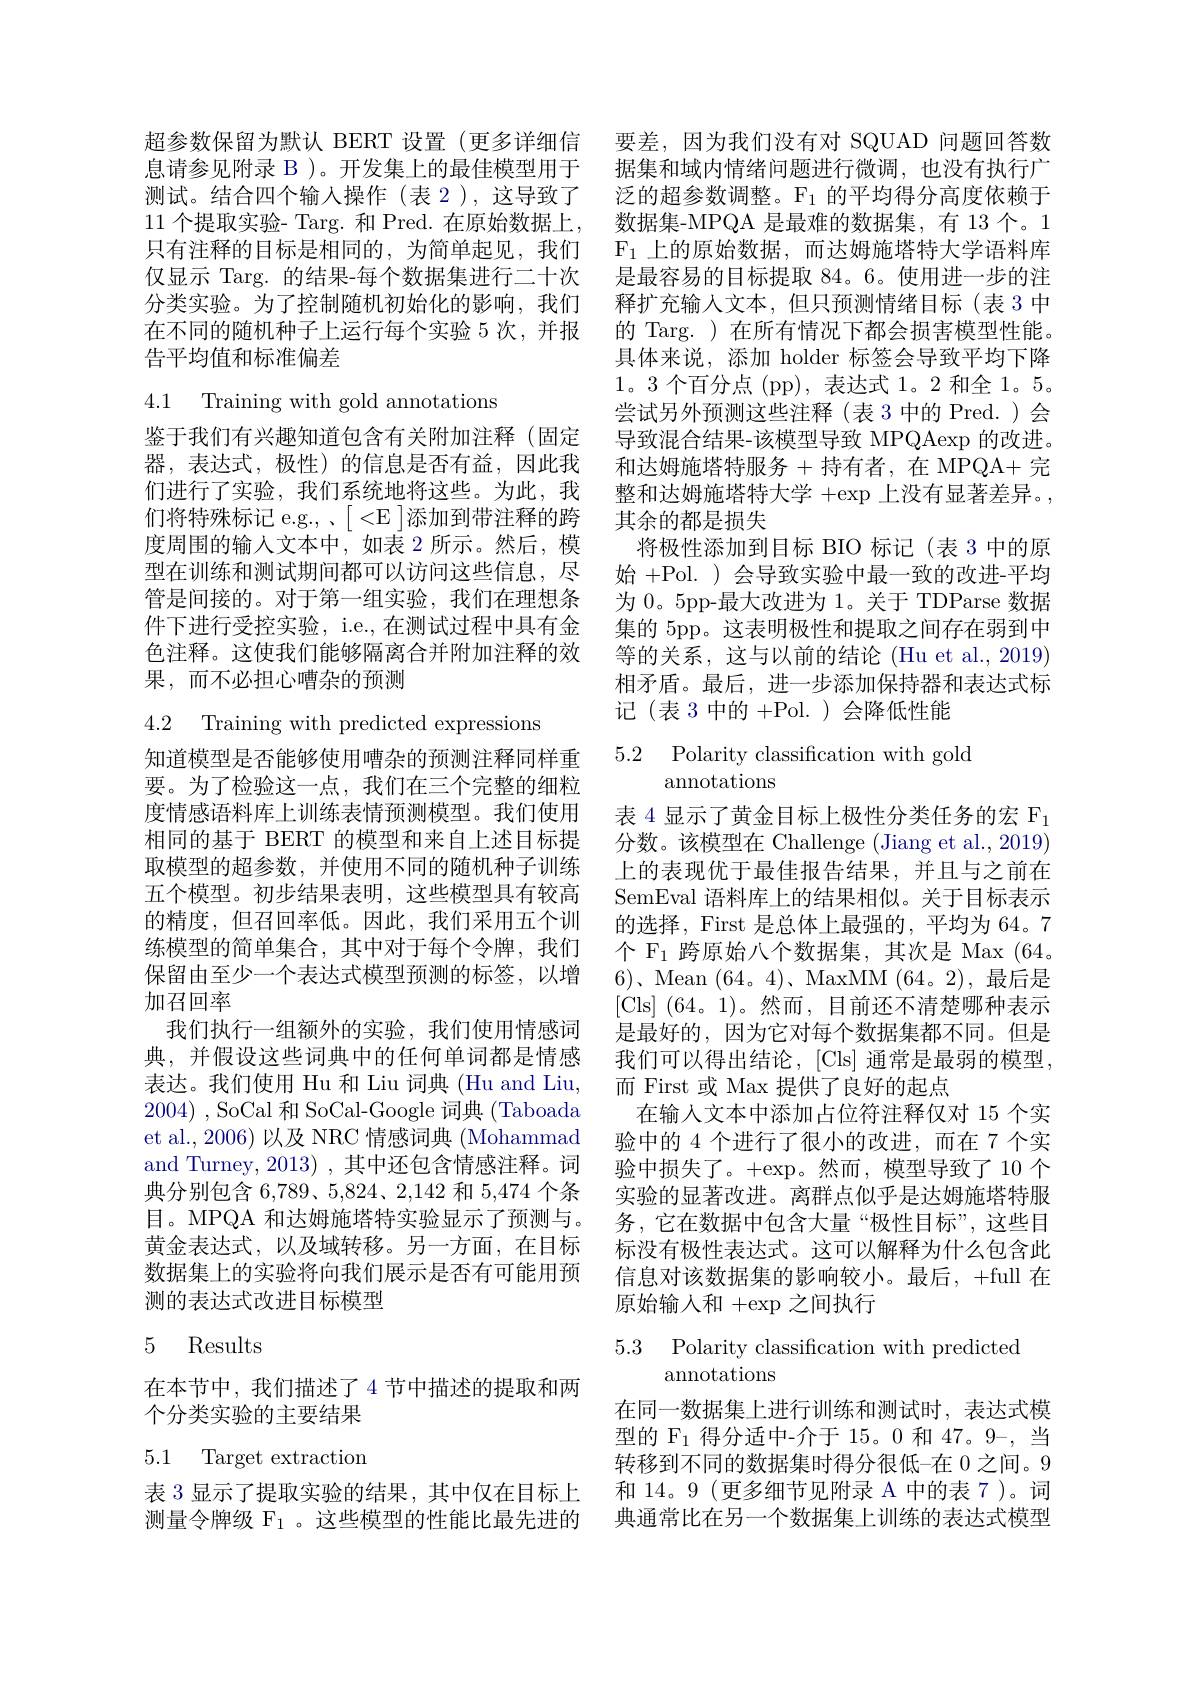
超参数保留为默认 BERT 设置 (更多详细信 要差，因为我们没有对 SQUAD 问题回答数息请参见附录 B )。开发集上的最佳模型用于 据集和域内情绪问题进行微调，也没有执行广测试。结合四个输入操作 (表 2 ), 这导致了 泛的超参数调整。F $_1$的平均得分高度依赖于11 个提取实验- Targ. 和 Pred. 在原始数据上，数据集-MPQA 是最难的数据集，有 13 个。1只有注释的目标是相同的，为简单起见，我们$\mathcal{F}_1$上的原始数据，而达姆施塔特大学语料库仅显示 Targ. 的结果-每个数据集进行二十次分类实验。为了控制随机初始化的影响，我们在不同的随机种子上运行每个实验 5 次，并报告平均值和标准偏差

4.1 Training with gold annotations

鉴于我们有兴趣知道包含有关附加注释(固定器，表达式，极性)的信息是否有益，因此我们进行了实验，我们系统地将这些。为此，我们将特殊标记 e.g., 、$[<\mathbb{E}]$添加到带注释的跨度周围的输人文本中，如表 2 所示。然后，模型在训练和测试期间都可以访问这些信息，尽管是间接的。对于第一组实验，我们在理想条件下进行受控实验，i.e.,在测试过程中具有金色注释。这使我们能够隔离合并附加注释的效果，而不必担心嘈杂的预测

4.2 Training with predicted expressions

知道模型是否能够使用嘈杂的预测注释同样重要。为了检验这一点，我们在三个完整的细粒度情感语料库上训练表情预测模型。我们使用相同的基于 BERT 的模型和来自上述目标提取模型的超参数，并使用不同的随机种子训练五个模型。初步结果表明，这些模型具有较高的精度，但召回率低。因此，我们采用五个训练模型的简单集合，其中对于每个令牌，我们保留由至少一个表达式模型预测的标签，以增加召回率
我们执行一组额外的实验，我们使用情感词典，并假设这些词典中的任何单词都是情感表达。我们使用 Hu 和 Liu 词典 (Hu and Liu, 2004) , SoCal 和 SoCal-Google 词典 (Taboada et al., 2006) 以及 NRC 情感词典 (Mohammad and Turney, 2013) , 其中还包含情感注释。词典分别包含 6,789、5,824、2,142 和 5,474 个条目。MPQA 和达姆施塔特实验显示了预测与。黄金表达式，以及域转移。另一方面，在目标数据集上的实验将向我们展示是否有可能用预测的表达式改进目标模型

## 5 Results

在本节中，我们描述了4 节中描述的提取和两
个分类实验的主要结果

# 5.1 Target extraction

测量令牌级$\mathbb{F}_1$ 。这些模型的性能比最先进的

是最容易的目标提取 84。6。使用进一步的注释扩充输入文本，但只预测情绪目标(表 3 中的 Targ. )在所有情况下都会损害模型性能。具体来说，添加 holder 标签会导致平均下降1。3 个百分点 (pp), 表达式 1。2 和全 1。5。尝试另外预测这些注释(表 3 中的 Pred. ) 会导致混合结果-该模型导致 MPQAexp 的改进。和达姆施塔特服务+持有者，在 MPQA+ 完整和达姆施塔特大学$+\exp$上没有显著差异。, 其余的都是损失
将极性添加到目标 BIO 标记(表 3 中的原始 +Pol. ) 会导致实验中最一致的改进-平均为 0。5pp-最大改进为 1。关于 TDParse 数据集的 5pp。这表明极性和提取之间存在弱到中等的关系，这与以前的结论 (Hu et al., 2019) 相矛盾。最后，进一步添加保持器和表达式标记(表 3 中的 +Pol. ) 会降低性能

## 5.2 Polarity classification with gold annotations

表 4 显示了黄金目标上极性分类任务的宏$\mathcal{F}_{1}$ 分数。该模型在 Challenge (Jiang et al., 2019) 上的表现优于最佳报告结果，并且与之前在SemEval 语料库上的结果相似。关于目标表示的选择，First 是总体上最强的，平均为 64。7个 F$_{1}$跨原始八个数据集，其次是 Max (64。$6)、$Mean $(64。4)、$MaxMM (64。2),最后是[Cls](64。1)。然而，目前还不清楚哪种表示是最好的，因为它对每个数据集都不同。但是我们可以得出结论，[Cls] 通常是最弱的模型， 而 First 或 Max 提供了良好的起点
在输入文本中添加占位符注释仅对 15 个实验中的 4 个进行了很小的改进，而在 7 个实验中损失了。$+\exp$。然而，模型导致了10 个实验的显著改进。离群点似乎是达姆施塔特服务，它在数据中包含大量“极性目标”,这些目标没有极性表达式。这可以解释为什么包含此信息对该数据集的影响较小。最后，+full 在原始输入和$+\exp$之间执行

## 5.3 Polarity classification with predicted annotations

在同一数据集上进行训练和测试时，表达式模型的 F$_{1}$得分适中-介于 15。0 和 47。9-,当转移到不同的数据集时得分很低-在 0 之间。9
表 3 显示了提取实验的结果，其中仅在目标上 和 14。9 (更多细节见附录 A 中的表 7 )。词
典通常比在另一个数据集上训练的表达式模型